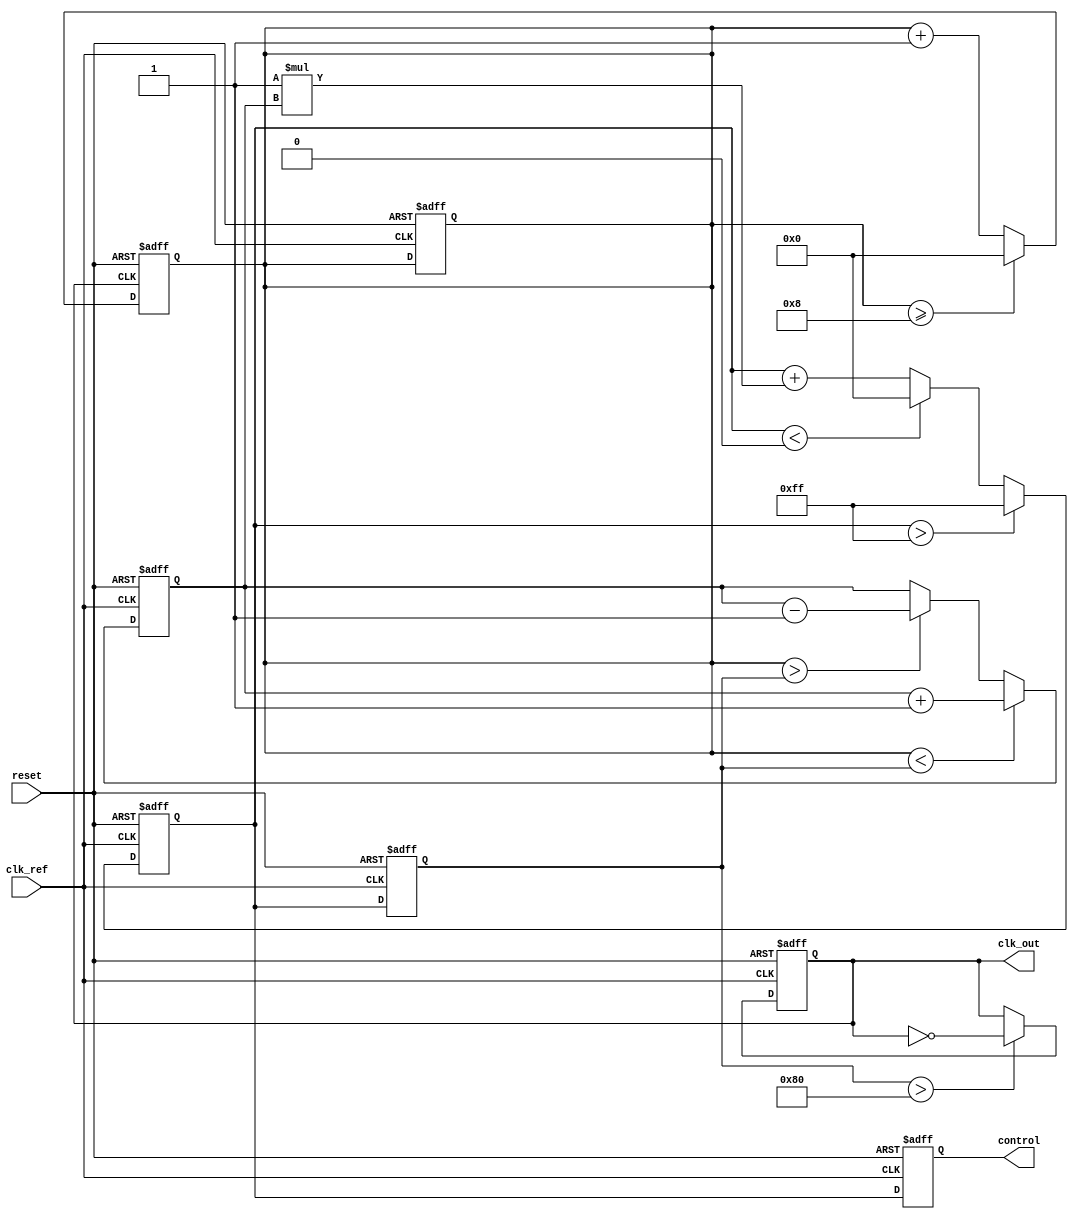
module ADPLL (
    input wire clk_ref,         // Reference clock input
    input wire reset,          // Reset signal
    output reg clk_out,        // Output clock
    output reg [7:0] control   // Control signal for VCO
);

    // Parameters
    parameter N = 8;           // Feedback divider factor
    parameter PI_GAIN = 8'h1;  // Proportional gain for loop filter
    parameter I_GAIN = 8'h1;   // Integral gain for loop filter
    parameter VCO_MAX = 8'hFF;  // Maximum VCO frequency control value
    parameter VCO_MIN = 8'h00;  // Minimum VCO frequency control value

    // Internal signals
    reg [7:0] phase_error;     // Phase error from phase detector
    reg [7:0] integral;         // Integral part for the loop filter
    reg [7:0] vco_freq;         // Current frequency of the VCO
    reg [7:0] feedback_counter;  // Feedback counter for phase comparison

    // Phase Detector (PD)
    always @(posedge clk_ref or posedge reset) begin
        if (reset) begin
            phase_error <= 8'b0;
            feedback_counter <= 8'b0;
        end else begin
            // Simple phase comparison logic (for demonstration)
            if (feedback_counter < vco_freq) begin
                phase_error <= phase_error + 1;
            end else if (feedback_counter > vco_freq) begin
                phase_error <= phase_error - 1;
            end
        end
    end

    // Loop Filter (PI Filter)
    always @(posedge clk_ref or posedge reset) begin
        if (reset) begin
            integral <= 8'b0;
        end else begin
            // Proportional part
            integral <= integral + (PI_GAIN * phase_error);
            // Integral part
            integral <= integral + (I_GAIN * phase_error);
            // Limit integral to avoid overflow
            if (integral > VCO_MAX) integral <= VCO_MAX;
            else if (integral < VCO_MIN) integral <= VCO_MIN;
        end
    end

    // Voltage-Controlled Oscillator (VCO)
    always @(posedge clk_ref or posedge reset) begin
        if (reset) begin
            vco_freq <= 8'h00;
            clk_out <= 0;
        end else begin
            vco_freq <= integral; // Control VCO frequency based on loop filter output
            // Generate output clock based on VCO frequency
            if (vco_freq > 8'h80) begin
                clk_out <= ~clk_out; // Toggle clock output
            end
        end
    end

    // Feedback Path
    always @(posedge clk_out or posedge reset) begin
        if (reset) begin
            feedback_counter <= 8'b0;
        end else begin
            feedback_counter <= feedback_counter + 1;
            if (feedback_counter >= N) begin
                feedback_counter <= 8'b0; // Reset counter after N cycles
            end
        end
    end

    // Control Logic (optional)
    always @(posedge clk_ref or posedge reset) begin
        if (reset) begin
            control <= 8'b0;
        end else begin
            control <= integral; // Output control signal for VCO
        end
    end

endmodule